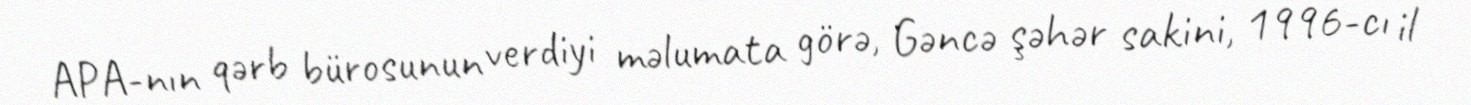
APA-nın qərb bürosunun verdiyi məlumata görə, Gəncə şəhər sakini, 1996-cı il